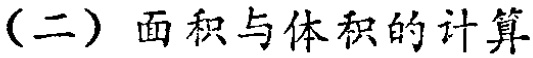
（二）面积与体积的计算